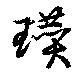
瓚